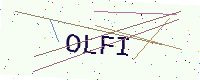
Text: OLFI